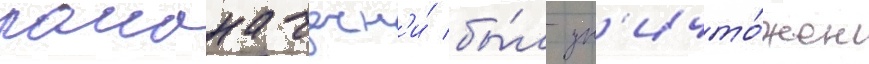
раиона чечн'и́ бы́л ун'ичто́жен